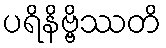
ပရိနိဗ္ဗိဿတိ